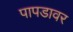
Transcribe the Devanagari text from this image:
पापडावर